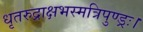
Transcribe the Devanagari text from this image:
धृतरुद्राक्षभस्मत्रिपुण्ड्रः।